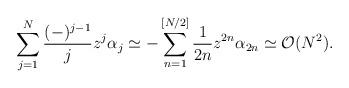
LaTeX: \begin{align*}\sum_{j=1}^{N} \frac{(-)^{j-1}}{j} z^{j} \alpha_{j} \simeq-\sum_{n=1}^{[N/2]} \frac{1}{2n} z^{2n} \alpha_{2n} \simeq {\cal O}(N^2).\end{align*}